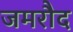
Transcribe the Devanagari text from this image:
जमरौद